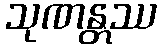
သုဏန္တဿ